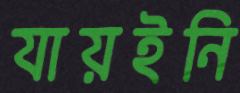
যায়ইনি